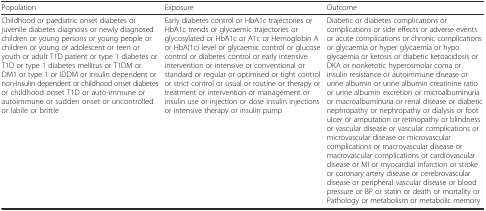
| Population | Exposure | Outcome |
 | --- | --- | --- |
 | Childhood or paediatric onset diabetes or juvenile diabetes diagnosis or newly diagnosed children or young persons or young people or children or young or adolescent or teen or youth or adult T1D patient or type 1 diabetes or T1D or type 1 diabetes mellitus or T1DM or DM1 or type 1 or IDDM or insulin dependent or non-insulin dependent or childhood onset diabetes or childhood onset T1D or auto-immune or autoimmune or sudden onset or uncontrolled or labile or brittle | Early diabetes control or HbA1c trajectories or HbA1c trends or glycaemic trajectories or glycosylated or HbA1c or A1c or Hemoglobin A or HbA(1c) level or glycaemic control or glucose control or diabetes control or early intensive intervention or intensive or conventional or standard or regular or optimised or tight control or strict control or usual or routine or therapy or treatment or intervention or management or insulin use or injection or dose insulin injections or intensive therapy or insulin pump | Diabetic or diabetes complications or complications or side effects or adverse events or acute complications or chronic complications or glycaemia or hyper glycaemia or hypo glycaemia or ketosis or diabetic ketoacidosis or DKA or nonketotic hyperosmolar coma or insulin resistance or autoimmune disease or urine albumin or urine albumin creatinine ratio or urine albumin excretion or microalbuminuria or macroalbuminuria or renal disease or diabetic nephropathy or nephropathy or dialysis or foot ulcer or amputation or retinopathy or blindness or vascular disease or vascular complications or microvascular disease or microvascular complications or macrovascular disease or macrovascular complications or cardiovascular disease or MI or myocardial infarction or stroke or coronary artery disease or cerebrovascular disease or peripheral vascular disease or blood pressure or BP or statin or death or mortality or Pathology or metabolism or metabolic memory |